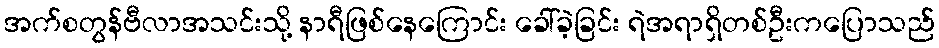
အက်စတွန်ဗီလာအသင်းသို့ နာရီဖြစ်နေကြောင်း ခေါ်ခဲ့ခြင်း ရဲအရာရှိတစ်ဦးကပြောသည်